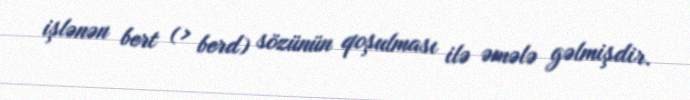
işlənən bert (> berd) sözünün qoşulması ilə əmələ gəlmişdir.